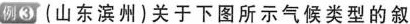
例3 (山东滨州)关于下图所示气候类型的叙